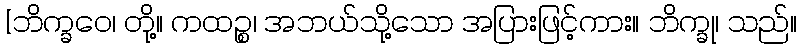
[ဘိက္ခဝေ၊ တို့။ ကထဉ္စ၊ အဘယ်သို့သော အပြားဖြင့်ကား။ ဘိက္ခု၊ သည်။